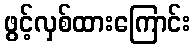
ဖွင့်လှစ်ထားကြောင်း